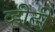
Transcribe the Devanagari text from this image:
व्हीटी